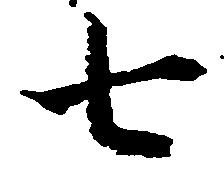
七